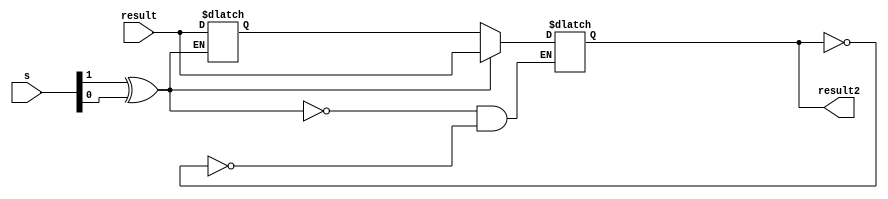
module result2 #(parameter WIDTH = 32)
                      (output  reg [WIDTH-1:0] result2,
                       input [WIDTH-1:0] result,
                       input [1:0] s);
     
     reg [WIDTH-1:0] temp;

 
     always@(*)
        begin
          if(s[1]^s[0])
          begin
            result2 = result;
            temp <= result2;
          end
          else if(result2==0)
            result2 <= temp;
        end
endmodule